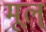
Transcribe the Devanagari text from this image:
मूल्